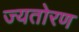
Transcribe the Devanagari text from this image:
ज्यतोरण